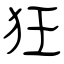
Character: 狂